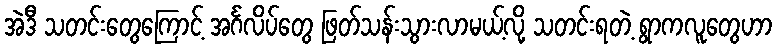
အဲဒီ သတင်းတွေကြောင့် အင်္ဂလိပ်တွေ ဖြတ်သန်းသွားလာမယ့်လို့ သတင်းရတဲ့ ရွာကလူတွေဟာ